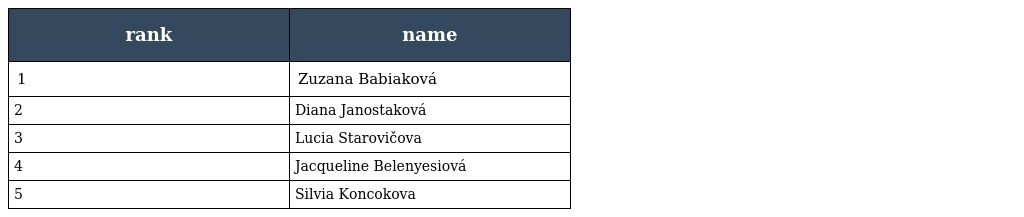
| rank | name |
 | --- | --- |
 | 1 | Zuzana Babiaková |
 | 2 | Diana Janostaková |
 | 3 | Lucia Starovičova |
 | 4 | Jacqueline Belenyesiová |
 | 5 | Silvia Koncokova |